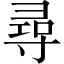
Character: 尋